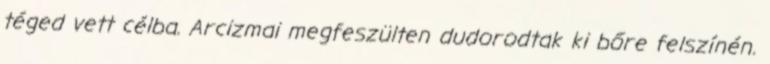
téged vett célba. Arcizmai megfeszülten dudorodtak ki bőre felszínén.